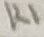
Text: K1